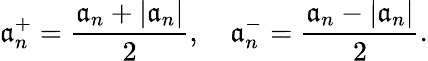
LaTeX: \mathfrak{a}_{n}^{+}={\frac{{\mathfrak{a}_{n}+|\mathfrak{a}_{n}|}}{{2}}},\quad\mathfrak{a}_{n}^{-}={\frac{{\mathfrak{a}_{n}-|\mathfrak{a}_{n}|}}{{2}}}.